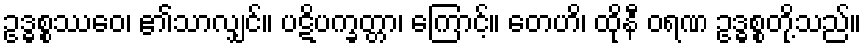
ဥဒ္ဓစ္စဿေဝ၊ ၏သာလျှင်။ ပဋိပက္ခတ္တာ၊ ကြောင့်။ တေဟိ၊ ထိုနီ ဝရဏ ဥဒ္ဓစ္စတို့သည်။